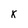
Character: X